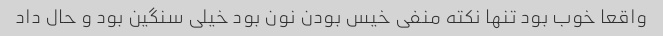
واقعا خوب بود تنها نکته منفی خیس بودن نون بود خیلی سنگین بود و حال داد